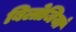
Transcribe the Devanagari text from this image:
बिलोजियां